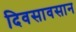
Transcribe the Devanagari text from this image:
दिवसावसान